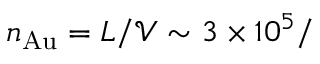
n _ { \mathrm { A u } } = L / \mathcal { V } \sim 3 \times 1 0 ^ { 5 } /